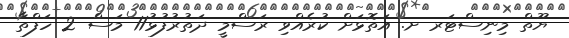
ޔޫތް މިނިސްޓަރ ށ. އަތޮޅަށް ކުރެއްވި ރަސްމީ ދަތުރުފުޅު11 މަސް 2 ހަފްތާ